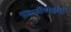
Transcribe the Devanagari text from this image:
जिजीबाईंनी